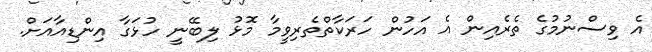
އެ ވިސްނުމުގެ ތެރެއިން އެ އަހުން ހަރަކާތްތެރިވީމާ މޮޅު ލިބޭނީ ހުޅަގާ އިންޑިއާއަށް.